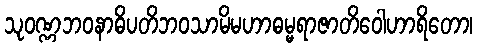
သုဝဏ္ဏဘဝနာဓိပတိဘဝသာမိမဟာဓမ္မရာဇာတိဝေါဟာရိတော၊